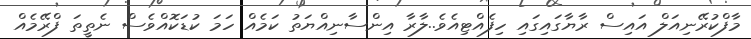
މާފްކުރޭނިއަލް އައިސް ރާޔާގައިގައި ހިފެއްޓިއެވެ..ލާރާ އިންސާނިއްޔަތު ކަމެއް ހަމަ ކުޑަކޮއްވެސް ނެތީތަ ފްރޭމެއް